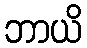
ဘာယိ